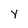
Character: Y